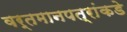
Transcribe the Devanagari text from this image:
वर्तमानपत्रांकडे